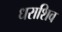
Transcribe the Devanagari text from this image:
धराशिव